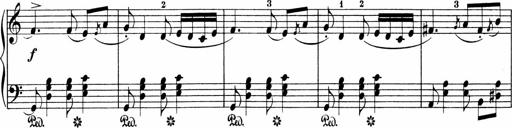
Title: Sonatinen Op.47, 98 und 136, nebst 6 Liedersonatinen
Composer: Carl Reinecke